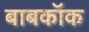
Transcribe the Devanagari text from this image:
बाबकॉक